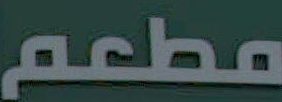
مطعم